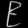
Digit: ၉